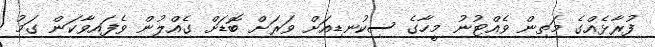
ފުރާޅެއްގެ މަތިން ވެއްޓުނު މީހާގެ ސިކުނޑިއަށް ވަރަށް ބޮޑަށް ގެއްލުން ވެފައިވާކަން ގަމު